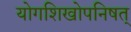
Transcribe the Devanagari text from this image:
योगशिखोपनिषत्‌